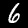
Label: 6